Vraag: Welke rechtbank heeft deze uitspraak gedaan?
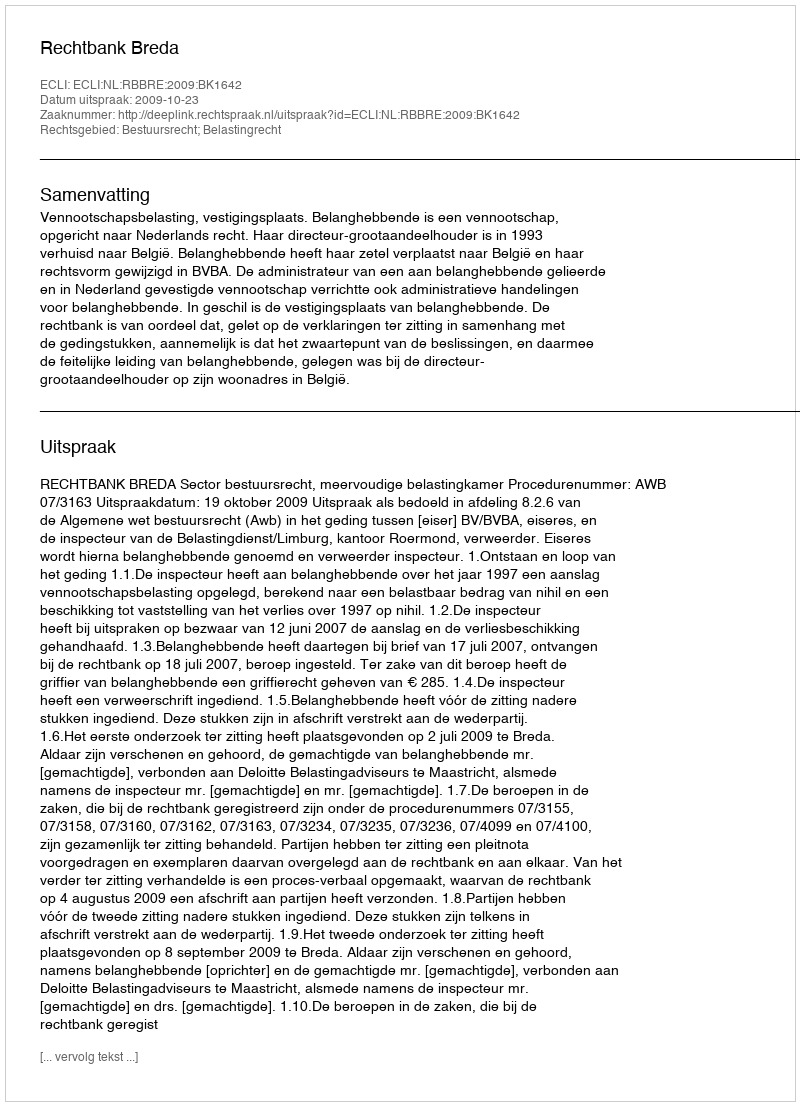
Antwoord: Rechtbank Breda